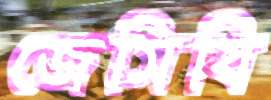
জেসিবি